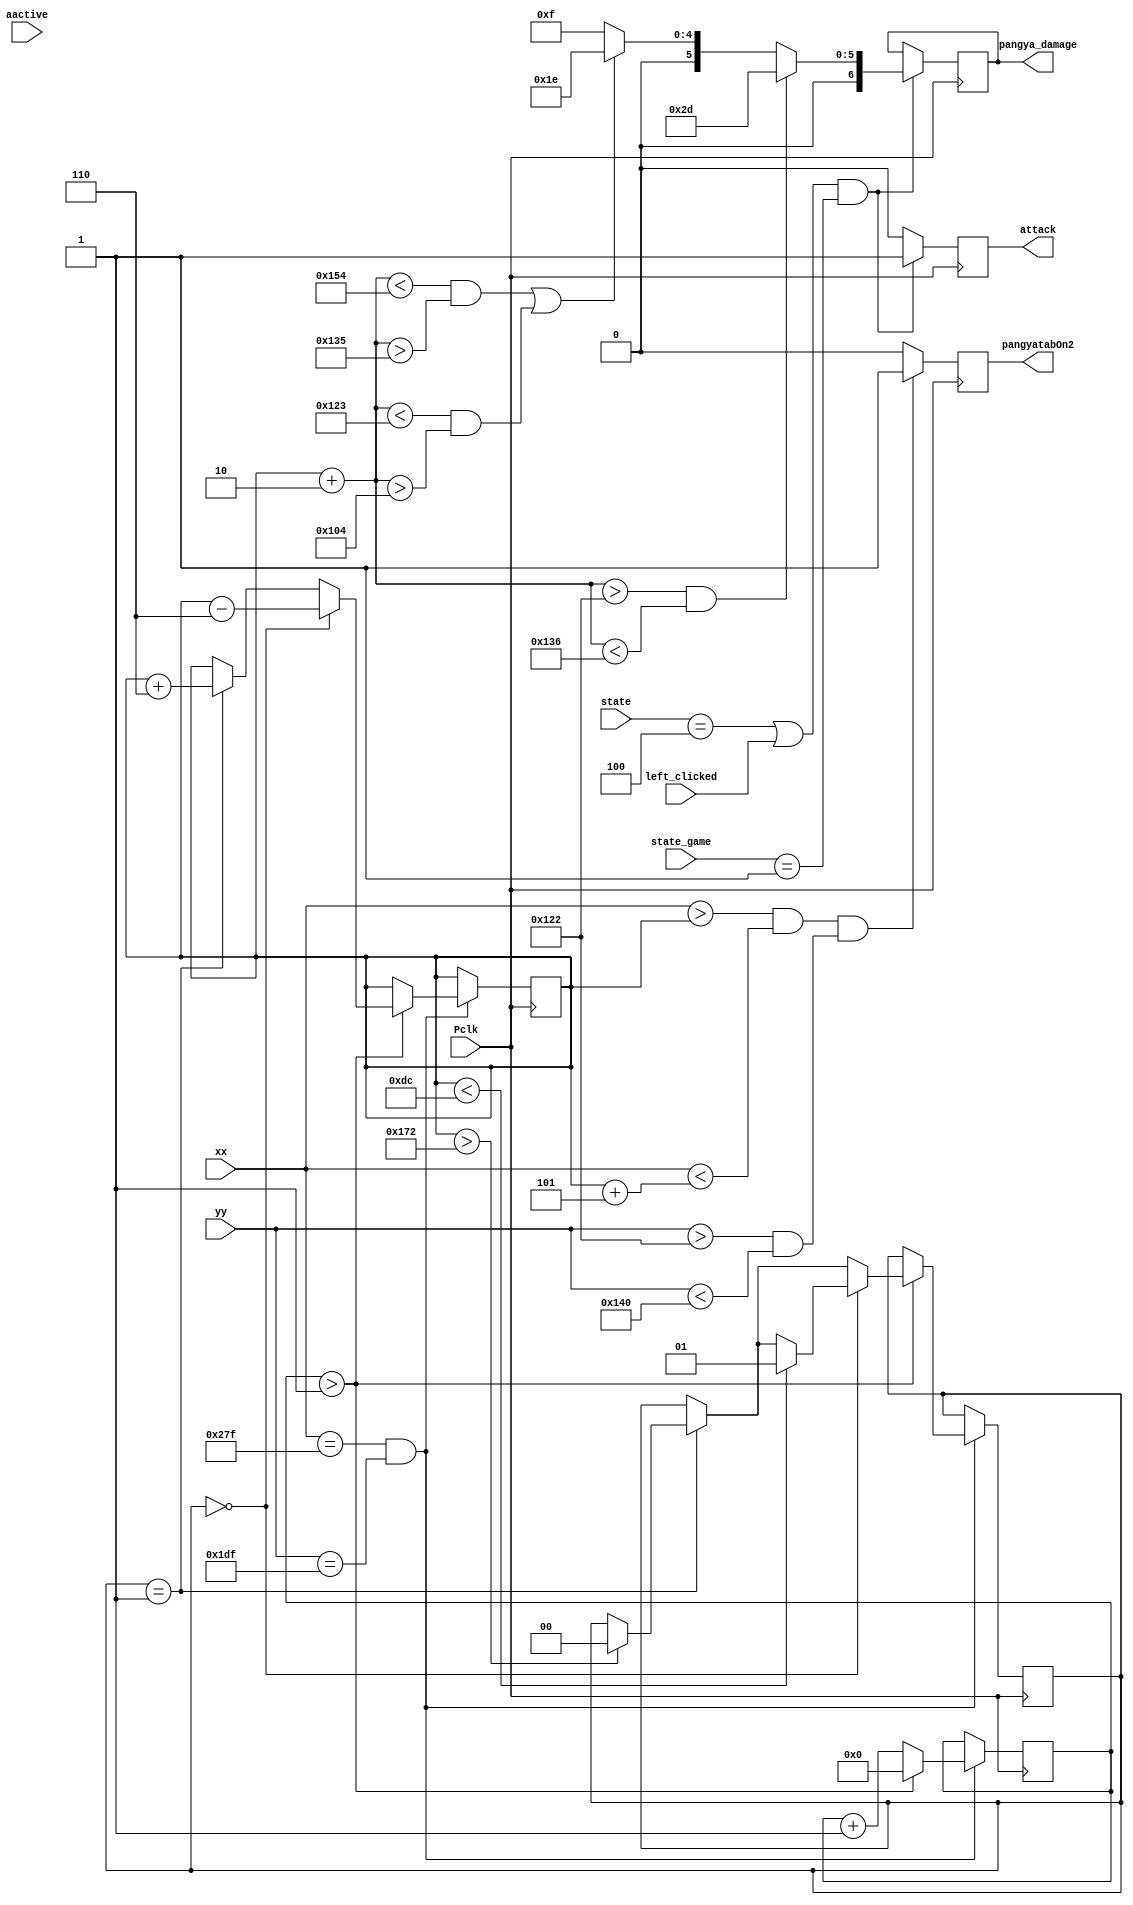
module pangya_tab2(
    input wire [9:0] xx, // current x position
    input wire [9:0] yy, // current y position
    input wire aactive, // high during active pixel drawing
    output reg pangyatabOn2, // 1=on, 0=off
    output reg attack,
    output reg [6:0] pangya_damage,
    input wire Pclk, // 25MHz pixel clock
    input wire [2:0] state,
    input wire left_clicked,
    input wire [1:0] state_game
    );
    
    reg [9:0] delbullet=0;          // counter to slow alien movement
    reg [9:0] B1X = 295;            // Alien1 X start position
    reg [9:0] B1Y = 290;             // Alien1 Y start position
    reg [1:0] Bdir = 1;             // direction of aliens: 0=right, 1=left
    reg  attack = 0;
    reg [6:0] pangya_damage = 0;
    localparam base_damage = 15;
    
    always @(posedge Pclk)
        begin
            
            if (((xx>B1X && xx<B1X+5) && (yy>B1Y && yy<B1Y+30)))
                begin
                pangyatabOn2 <= 1;
                end
            else
                begin
                pangyatabOn2 <= 0;
                end
  
        end
        
    always @(posedge Pclk)
        begin
        if((state == 3'b100 || left_clicked == 1) && state_game == 1)
        begin
            if(B1X+2>290 && B1X+2<310)
            begin
            pangya_damage = base_damage*3;
            end
            else
            if((B1X+2<340 && B1X+2>309) ||(B1X+2<291 && B1X+2>260))
            begin
            pangya_damage = base_damage*2;
            end
            else
            begin
            pangya_damage = base_damage;
            end
            attack =1;
        end
        else
        begin
            attack = 0;
        end
        end
    always @ (posedge Pclk)
        begin
        // slow down the alien movement / move aliens left or right
        if (xx==639 && yy==479)
            begin
                delbullet<=delbullet+1;
                if (delbullet>1)
                    begin
                        delbullet<=0;
                        if (Bdir==1)
                            begin
                                B1X<=B1X+6;
                                if (B1X>370)
                                    Bdir<=0;
                            end
                        if (Bdir==0)
                            begin
                                B1X<=B1X-6;
                                if (B1X<220)
                                    Bdir<=1;
                            end
                    end
            end
      end
endmodule